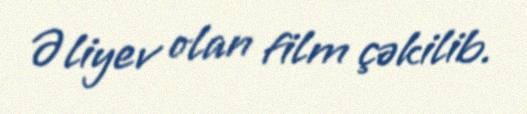
Əliyev olan film çəkilib.